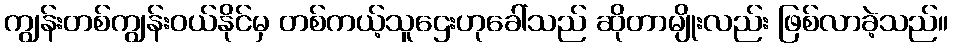
ကျွန်းတစ်ကျွန်းဝယ်နိုင်မှ တစ်ကယ့်သူဌေးဟုခေါ်သည် ဆိုတာမျိုးလည်း ဖြစ်လာခဲ့သည်။